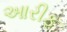
આરીફ